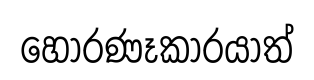
හොරණෑකාරයාත්